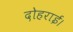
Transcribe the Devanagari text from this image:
दोहराई।